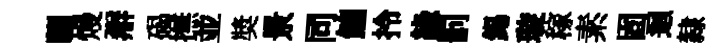
驪熳辯碣撫並奬景同鑣拎緣罰錫璇稼素固迴隸